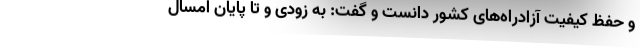
و حفظ کیفیت آزادراه‌های کشور دانست و گفت: به زودی و تا پایان امسال